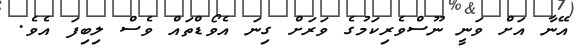
އޭނާ އަށް ވަނީ ނޫސްވެރިކަމުގެ ވަރަށް ގިނަ އެވޯޑްތައް ވެސް ލިބިފަ އެވެ.